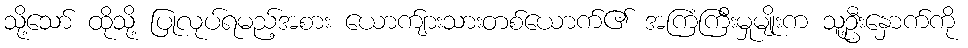
သို့သော် ထိုသို့ ပြုလုပ်ရမည့်အစား ယောက်ျားသားတစ်ယောက်၏ အကြံကြီးမှုမျိုးက သူ့ဦးနှောက်ကို